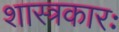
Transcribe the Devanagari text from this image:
शास्त्रकारः